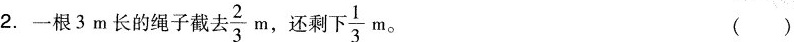
2.一根3m长的绳子截\frac{2}{3}，还剩 \frac{1}{3}m。()